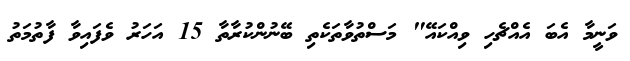
ވަނީމާ އެބަ އެއްޗެހި ވިއްކައޭ" މަސްތުވާތަކެތި ބޭނުންކުރާތާ 15 އަހަރު ވެފައިވާ ފާތުމަތު